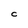
Character: C